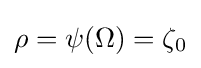
\rho =\psi (\Omega )=\zeta _{0}